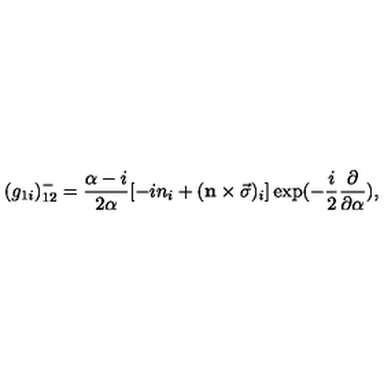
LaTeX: ( { g _ { 1 i } } ) _ { 1 2 } ^ { - } = \frac { \alpha - i } { 2 \alpha } [ - i { n } _ { i } + ( { \bf n } \times { \vec { \sigma } } ) _ { i } ] \exp ( - \frac { i } { 2 } \frac { \partial } { \partial \alpha } ) ,